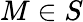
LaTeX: M\in S